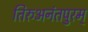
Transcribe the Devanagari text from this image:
तिरुअनंतपुरम्